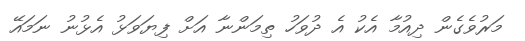
މަރުވެގެން ދިއުމާ އެކު އެ ދުވަހު ތިމަންނާ އަށް ފިޔަވަޅު އެޅުނު ނަމައޭ